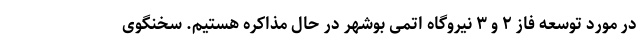
در مورد توسعه فاز ۲ و ۳ نیروگاه اتمی بوشهر در حال مذاکره هستیم. سخنگوی